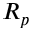
R _ { p }